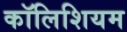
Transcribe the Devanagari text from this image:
कॉलिशियम